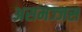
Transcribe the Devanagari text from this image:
असमज्जस